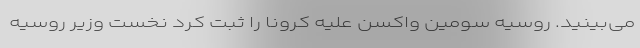
می‌بینید. روسیه سومین واکسن علیه کرونا را ثبت کرد نخست وزیر روسیه